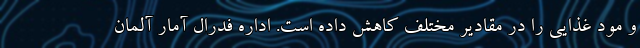
و مود غذایی را در مقادیر مختلف کاهش داده است. اداره فدرال آمار آلمان